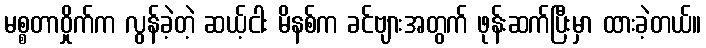
မစ္စတာဝှိုက်က လွန်ခဲ့တဲ့ ဆယ့်ငါး မိနစ်က ခင်ဗျားအတွက် ဖုန်းဆက်ပြီးမှာ ထားခဲ့တယ်။